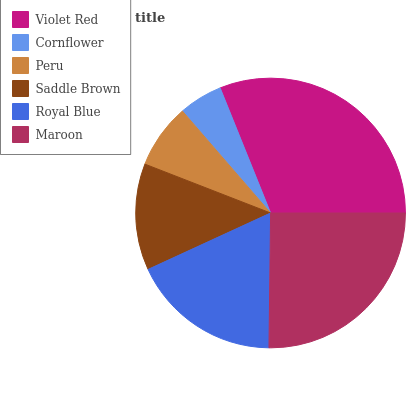
| Violet Red | Cornflower | Peru | Saddle Brown | Royal Blue | Maroon |
 | --- | --- | --- | --- | --- | --- |
 | 31.1% | 5.26% | 7.76% | 12.8% | 18% | 25.2% |